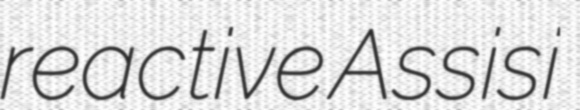
reactive Assisi